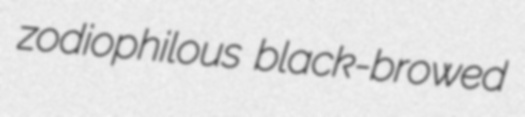
zodiophilous black-browed